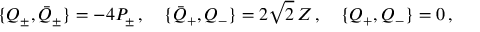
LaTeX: \{ Q _ { \pm } , \bar { Q } _ { \pm } \} = - 4 P _ { \pm } \, , \quad \{ \bar { Q } _ { + } , Q _ { - } \} = 2 \sqrt { 2 } \, Z \, , \quad \{ Q _ { + } , Q _ { - } \} = 0 \, ,